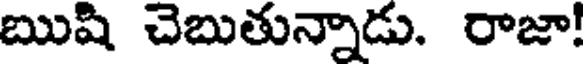
ఋషి చెబుతున్నాడు. రాజా!